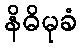
နိဓိမုခံ